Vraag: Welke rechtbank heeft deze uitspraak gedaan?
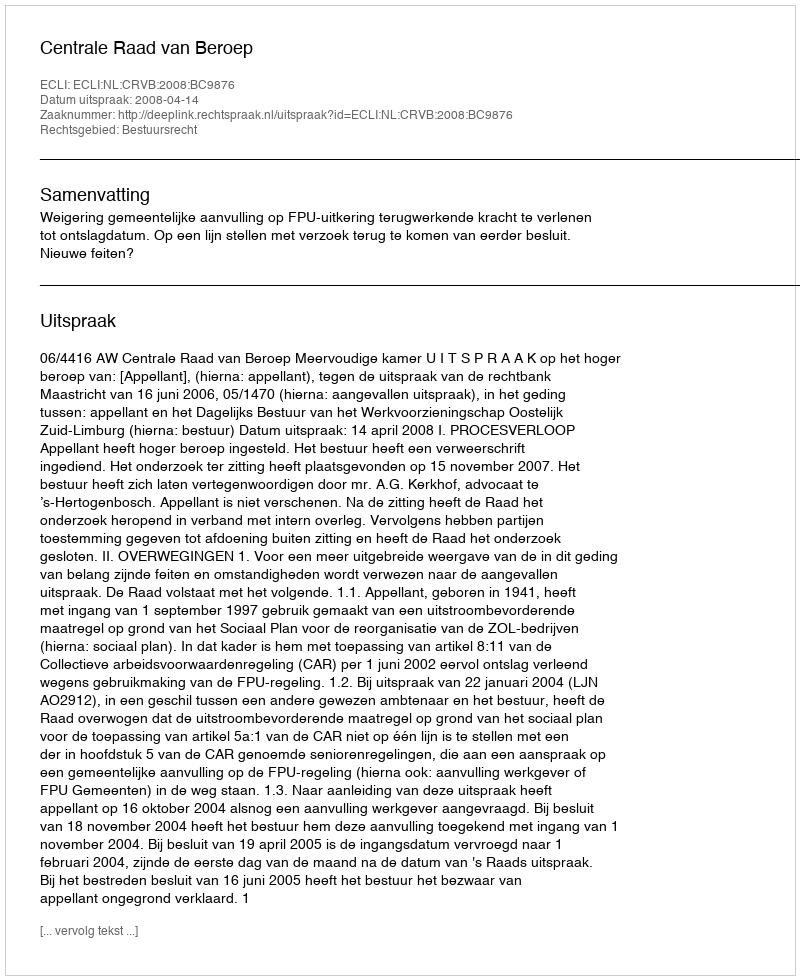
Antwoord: Centrale Raad van Beroep